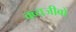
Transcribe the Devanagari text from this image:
क्व्यजीबो